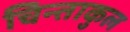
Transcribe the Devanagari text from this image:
चिन्ताकुल